Annual administration report of the Civil Veterinary Department, Sind - 1945-1946
Year: 1945
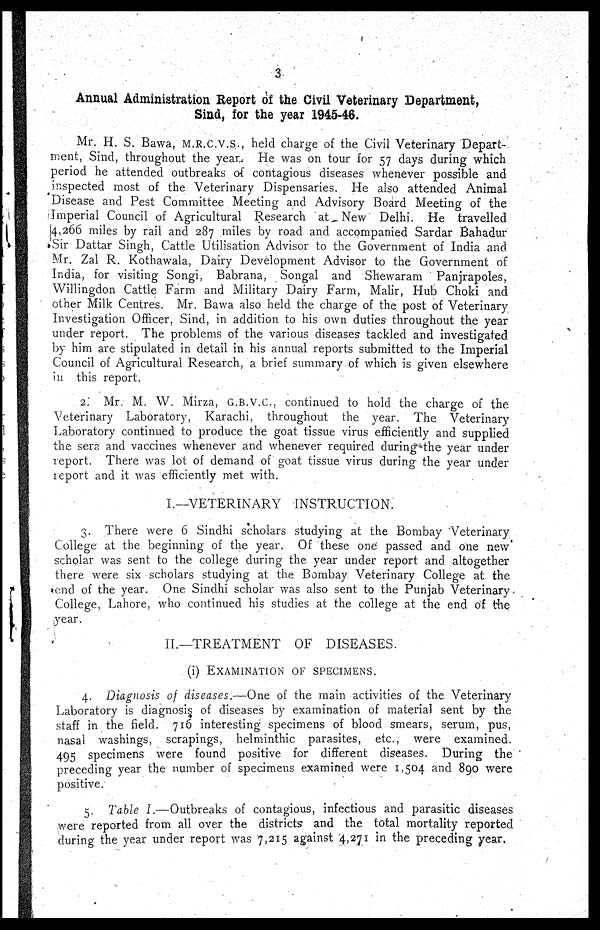
3
Annual Administration Report of the Civil Veterinary Department,
Sind, for the year 1945-46.
Mr. H. S. Bawa, M.R.C.V.S., held charge of the Civil Veterinary Depart-
ment, Sind, throughout the year. He was on tour for 57 days during which
period he attended outbreaks of contagious diseases whenever possible and
inspected most of the Veterinary Dispensaries. He also attended Animal
Disease and Pest Committee Meeting and Advisory Board Meeting of the
Imperial Council of Agricultural Research at New Delhi. He travelled
14,266 miles by rail and 287 miles by road and accompanied Sardar Bahadur
Sir Dattar Singh, Cattle Utilisation Advisor to the Government of India and
Mr. Zal R. Kothawala, Dairy Development Advisor to the Government of
India, for visiting Songi, Babrana, Songal and Shewaram Panjrapoles,
Willingdon Cattle Farm and Military Dairy Farm, Malir, Hub Choki and
other Milk Centres. Mr. Bawa also held the charge of the post of Veterinary
Investigation Officer, Sind, in addition to his own duties throughout the year
under report. The problems of the various diseases tackled and investigated
by him are stipulated in detail in his annual reports submitted to the Imperial
Council of Agricultural Research, a brief summary of which is given elsewhere
in this report.
2. Mr. M. W. Mirza, G.B.V.C. continued to hold the charge of the.
Veterinary Laboratory, Karachi throughout the year. The Veterinary
Laboratory continued to produce the goat tissue virus efficiently and supplied
the sera and vaccines whenever and whenever required during the year under
report. There was lot of demand of goat tissue virus during the year under
report and it was efficiently met with.
I.—VETERINARY INSTRUCTION.
3. There were 6 Sindhi scholars studying at the Bombay Veterinary
College at the beginning of the year. Of these one passed and one new
scholar was sent to the college during the year under report and altogether
there were six scholars studying at the Bombay Veterinary College at the
end of the year. One Sindhi scholar was also sent to the Punjab Veterinary
College, Lahore, who continued his studies at the college at the end of the
year.
II.—TREATMENT OF DISEASES.
(i) EXAMINATION OF SPECIMENS.
4. Diagnosis of diseases.—One of the main activities of the Veterinary
Laboratory is diagnosis, of diseases by examination of material sent by the
staff in the field. 716 interesting specimens of blood smears, serum, pus,
nasal washings, scrapings, helminthic parasites, etc., were examined.
495 specimens were found positive for different diseases. During the
preceding year the number of specimens examined were 1,504 and 890 were
positive.
5. Table I.—Outbreaks of contagious, infectious and parasitic diseases
were reported from all over the districts and the total mortality reported
during the year under report was 7,215 against 4,271 in the preceding year.